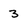
Character: 3